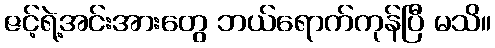
ဇင့်ရဲ့အင်းအားတွေ ဘယ်ရောက်ကုန်ပြီ မသိ။